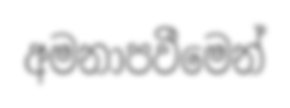
අමනාපවීමෙන්